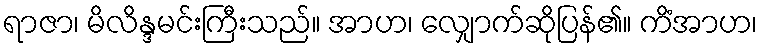
ရာဇာ၊ မိလိန္ဒမင်းကြီးသည်။ အာဟ၊ လျှောက်ဆိုပြန်၏။ ကိံအာဟ၊